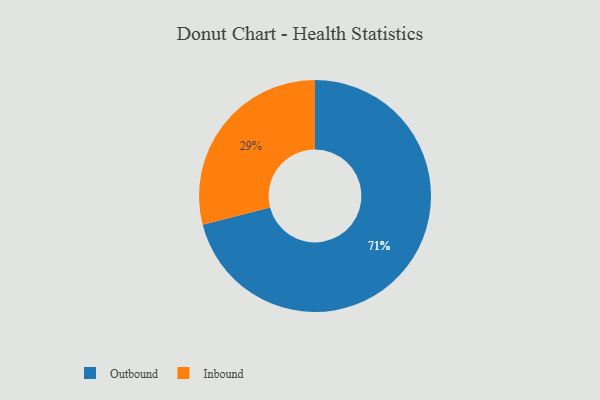
{"axis": {"x": "Category", "y": "Percentage"}, "legend": ["Inbound", "Outbound"], "data": [{"x": "Inbound", "y": 29, "type": "Inbound"}, {"x": "Outbound", "y": 71, "type": "Outbound"}]}